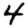
Digit: 4